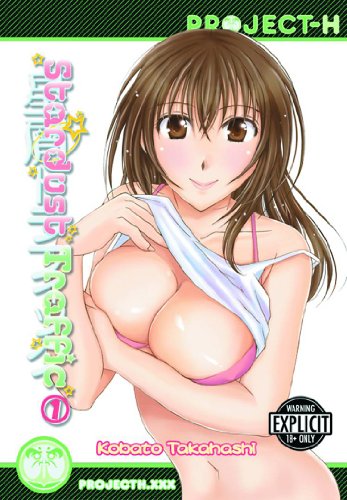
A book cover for Stardust Traffic Vol. 1 (Hentai Manga); Kobato Takahashi; Comics & Graphic Novels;